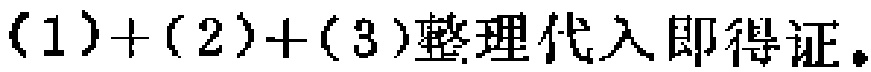
$(1)+(2)+(3)\text{整理代入即得证。}$